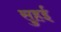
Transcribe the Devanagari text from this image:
सुहई